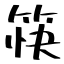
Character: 筷